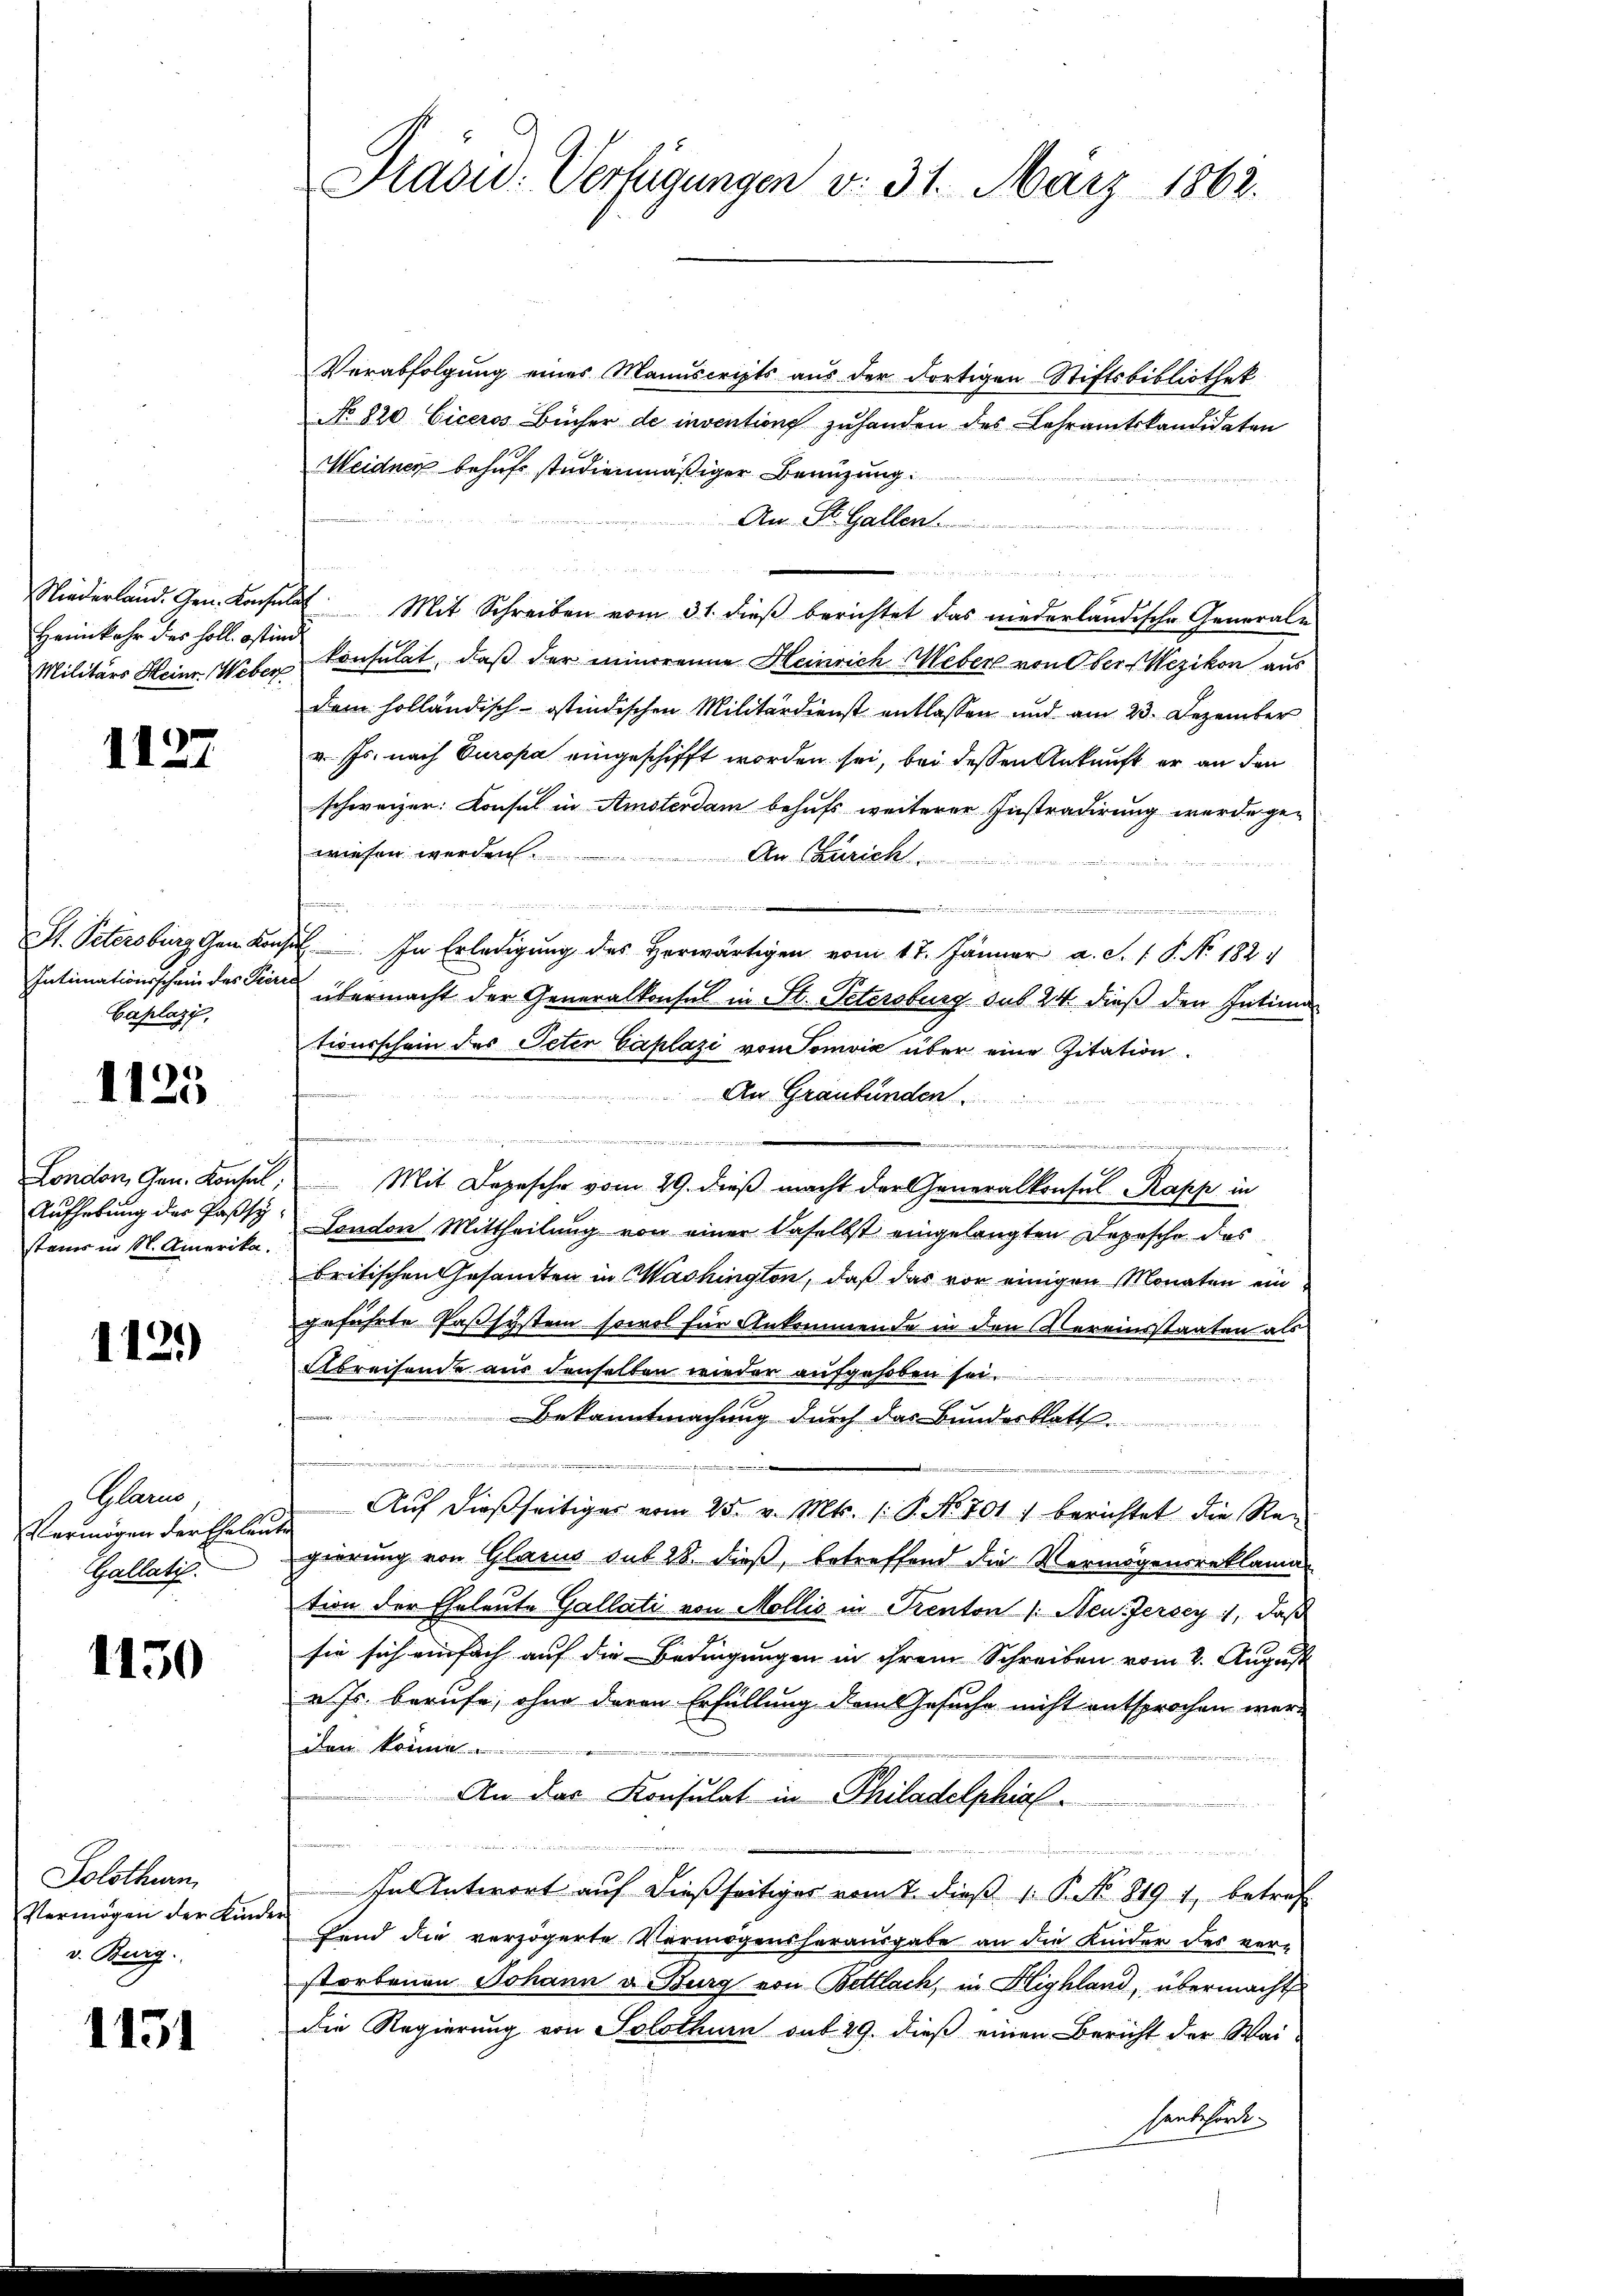
Heimkehr des Holl. Ostind
Militärs Heinr. Weber

1127

Intimationsschein des Pierra
Caplazi,

1125

London, Gen. Konsul
stanis in St. Amerika.
.

112)

Pleno
Vermögen der Eheleu¬
GGallatis.

1150

Solothurn,
Vermögen der Kinv. Burg.

1151

Verabfolgung eines Manuscripts aus der dortigen Stiftsbibliothek
No 820 Ciceros Bücher de invention zuhanden des Lehramtskandidaten
Meidner behufs studienmäßiger Benutzung.
An St. Gallen.
a
x
Niederland. Gen. Konsulat Mit Schreiben vom 31. dieß berichtet das niederländische Generale
konsulat, daß der minorenne Heinrich Weber von Ober-Wezikon aus
dem holländisch-ostindischen Militärdienst entlassen und am 23. Dezember
v. Js. nach Europa eingeschifft worden sei, bei dessen Ankunft er an den
schweizer: Consul in Amsterdam behufs weiterer Instradirung wurde ge-
wiesen werden.
An Curich.

St. Petersburg gem. Konsil. In Erledigung des herwärtigen vom 17. Jänner a. S. 1 P. No. 182
übermacht der Generalkonsul in St. Petersburg sub 24 dieß den Intima
tiverschein des Peter Caplazi von Tomvić über eine Zitation
An Graubünden

Mit Depesche vom 29. dieß macht der Generalkonsul Kapp in
Aufhebung des Passy London Mittheilung von einer daselbst eingelangten Depesche des
britischen Gesamten in Washington, daß das vor einigen Monaten ein
geführte Paßsystem sowol für Ankommende in den Vereinsstaaten als
Abreisende aus denselben wieder aufgehoben sei.
Bekanntmachung durch das Bundesblatt
.
Auf dießseitiges vom 25. v. Mts. (: P. No. 701.) berichtet die Reg
2
gierung von Glarus sub 28. dieß, betreffend die Vermögensreklama
tion der Eheleute Gallati von Mollis in Prenton /: Neu-Jersey, daß
sie sich einfach auf die Bedingungen in ihrem Schreiben vom 2. August
u Js. berufe, ohne deren Erfüllung dem Gesuche nicht entsprochen werd
den könne
An das Konsulat in Philadelphial-
   eines

In Antwort auf dießseitiges vom 2. dieß 1. P. No. 819 1, betref
i
fend die verzögerte Vermögensherausgabe an die Kinder des verstorbenen Johann v. Burg von Bettlach, in Highland, übermacht
die Regierung von Solothurn sub 29. dieß einen Bericht der Wai-
Haubehörde.

Hadw. Verfügungen v. 31. März 1862.